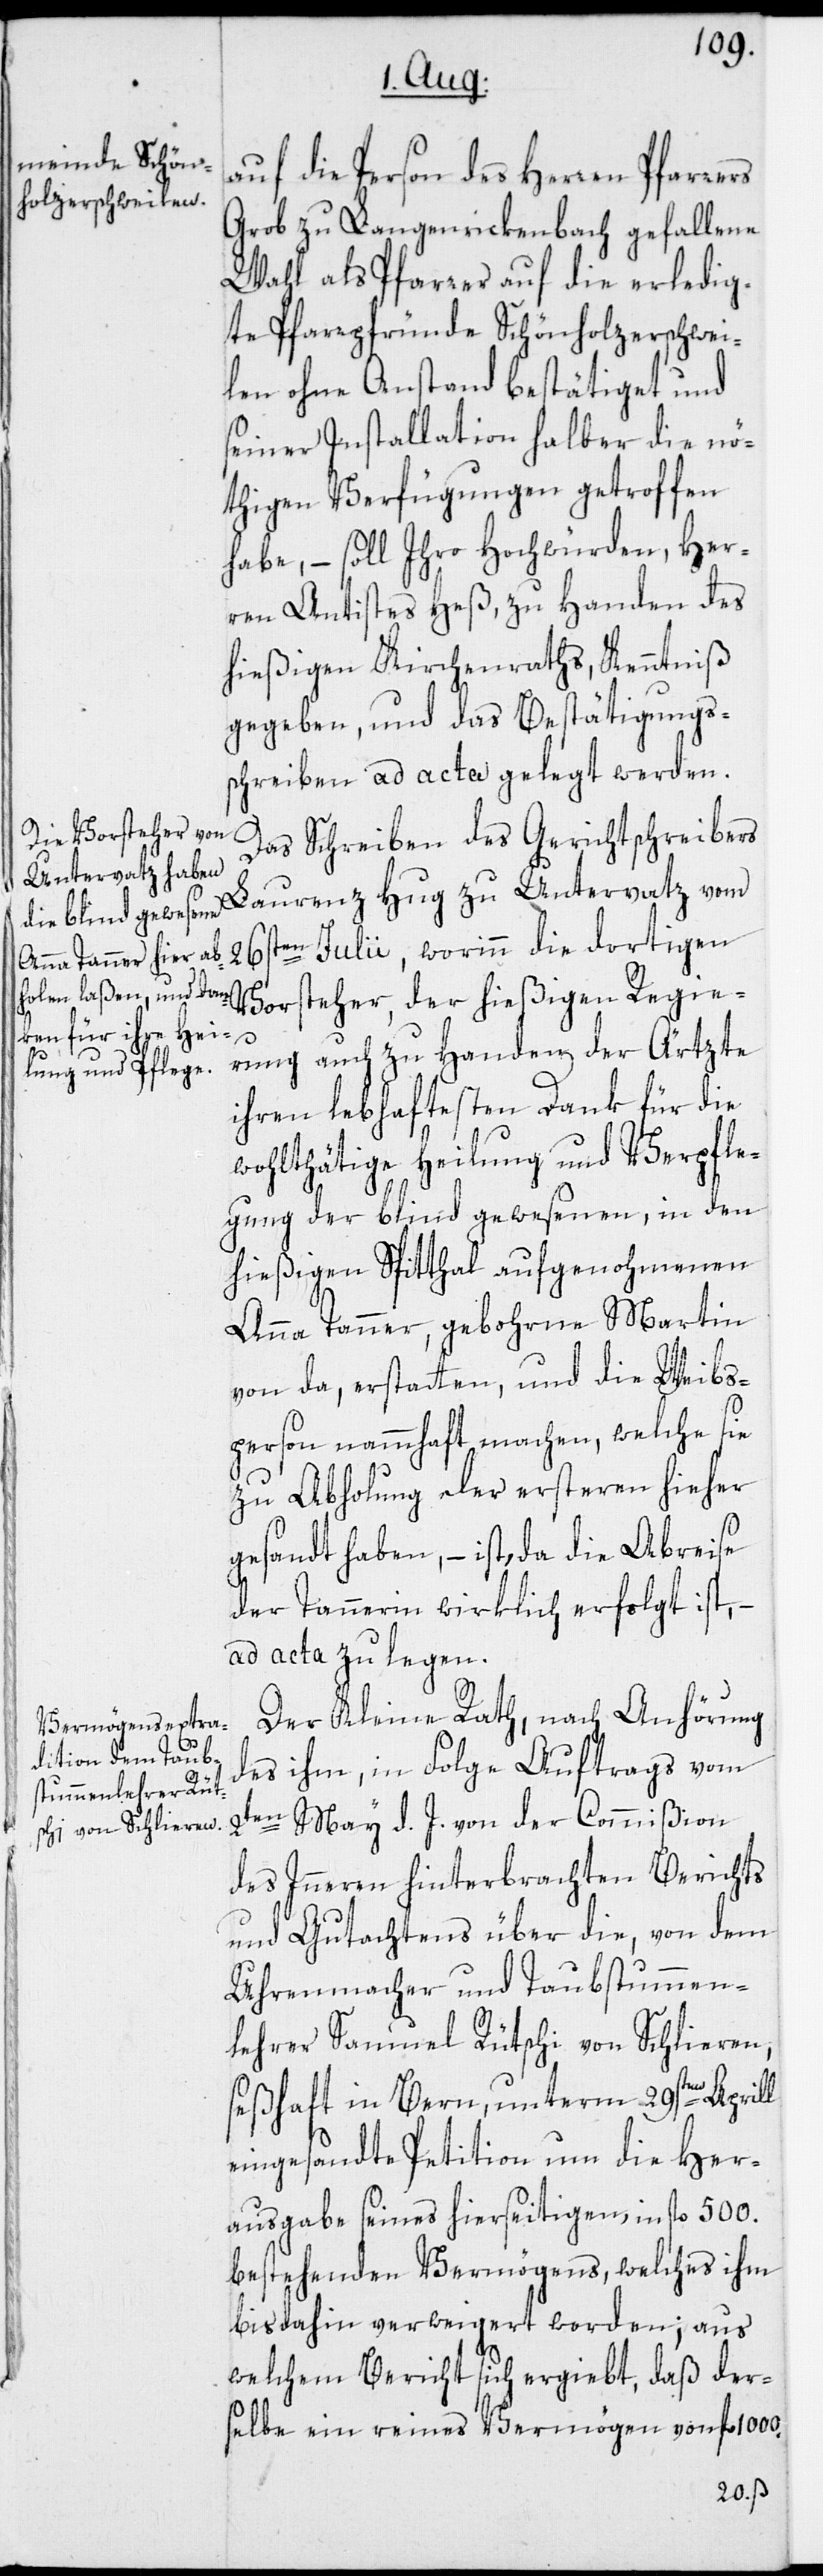
auf die Person des Herren Pfarrers
Grob zu Langenrickenbach gefallene
Wahl als Pfarrer auf die erledig¬
te Pfarrpfründe Schönholzerschwei¬
len ohne Anstand bestätiget und
seiner Installation halber die nö¬
thigen Verfügungen getroffen
habe, – soll Ihro Hochwürden, Her¬
ren Antistes Heß, zu Handen des
hießigen Kirchenraths, Kenntniß
gegeben, und das Bestätigungs¬
schreiben ad acta gelegt werden.
Das Schreiben des Gerichtschreibers
Laurenz Hug zu Untervatz vom
26sten Julii, worinn die dortigen
Vorsteher, der hießigen Regie¬
rung auch zu Handen der Ärtzte
ihren lebhaftesten Dank für die
wohlthätige Heilung und Verpfle¬
gung der blind gewesenen, in den
hießigen Spitthal aufgenohmenen
Anna Tanner, gebohrne Martin
von da, erstatten, und die Weibs¬
person nammhaft machen, welche sie
zu Abholung der ersteren hieher
gesandt haben, – ist, da die Abreise
der Tannerin wirklich erfolgt ist, –
ad acta zu legen.
Der Kleine Rath, nach Anhörung
des ihm, in Folge Auftrags vom
2ten
May d. J. von der Commißion
des Inneren hinterbrachten Berichts
und Gutachtens über die, von dem
Uhrenmacher und Taubstummen¬
lehrer Samuel Rütschi von Schlieren,
seßhaft in Bern, unterm 29sten Aprill
eingesandte Petition um die Her¬
ausgabe seines hierseitigen, in fl. 500.
bestehenden Vermögens, welches ihm
bisdahin verweigert worden; aus
welchem Bericht sich ergiebt, daß der¬
selbe ein reines Vermögen von fl. 1000.